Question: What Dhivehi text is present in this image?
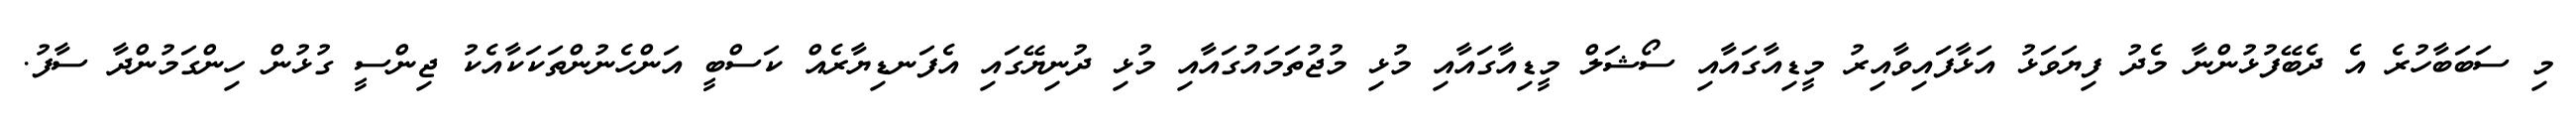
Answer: މި ސަބަބާހުރެ އެ ދެބޭފުޅުންނާ މެދު ފިޔަވަޅު އަޅާފައިވާއިރު މީޑިއާގައާއި ސޯޝަލް މީޑިއާގައާއި މުޅި މުޖުތަމައުގައާއި މުޅި ދުނިޔޭގައި އެފަނޑިޔާރެއް ކަސްބީ އަންހެނުންތަކަކާއެކު ޖިންސީ ގުޅުން ހިންގަމުންދާ ސާފު.